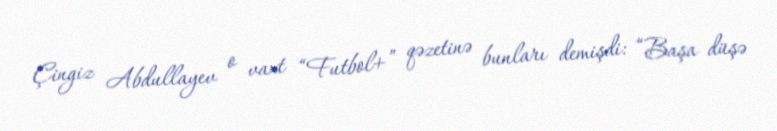
Çingiz Abdullayev o vaxt “Futbol+” qəzetinə bunları demişdi: “Başa düşə